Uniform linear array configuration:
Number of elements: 32
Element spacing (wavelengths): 1
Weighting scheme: blackman
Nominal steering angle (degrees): -45
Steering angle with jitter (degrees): -43.101
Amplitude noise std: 0.05
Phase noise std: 0.05

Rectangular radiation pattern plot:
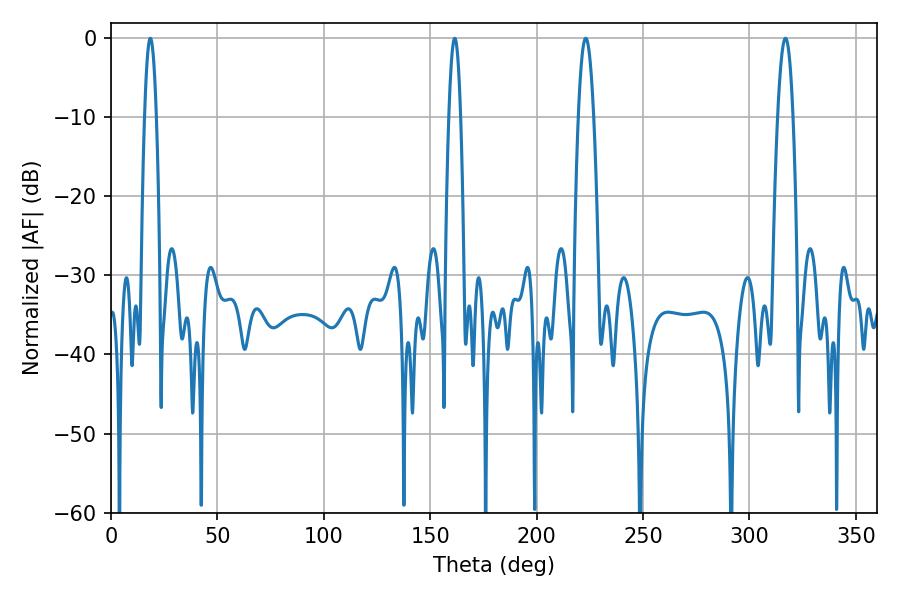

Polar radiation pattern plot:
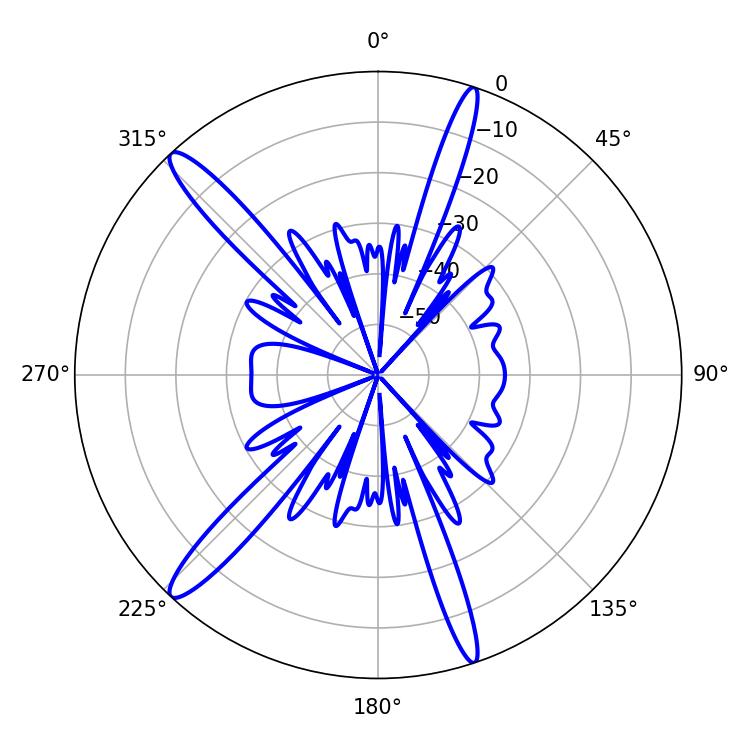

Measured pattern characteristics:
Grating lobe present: TRUE
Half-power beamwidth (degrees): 3.78
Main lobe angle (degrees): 223.02